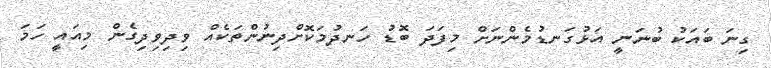
ގިނަ ބައަކު ބުނަނީ އަޅުގަނޑުމެންނަށް މިފަދަ ބޮޑު ހަނދުމަކޮށްދިނުންތަކެއް ވިދިވިދިގެން މިއައީ ހަމަ